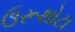
ઉરૂથોટા